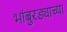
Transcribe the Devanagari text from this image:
भांबुरड्याच्‍या